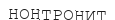
НОНТРОНИТ